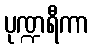
ပုဏ္ဍရီကာ